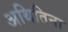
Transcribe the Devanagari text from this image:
अथितिना